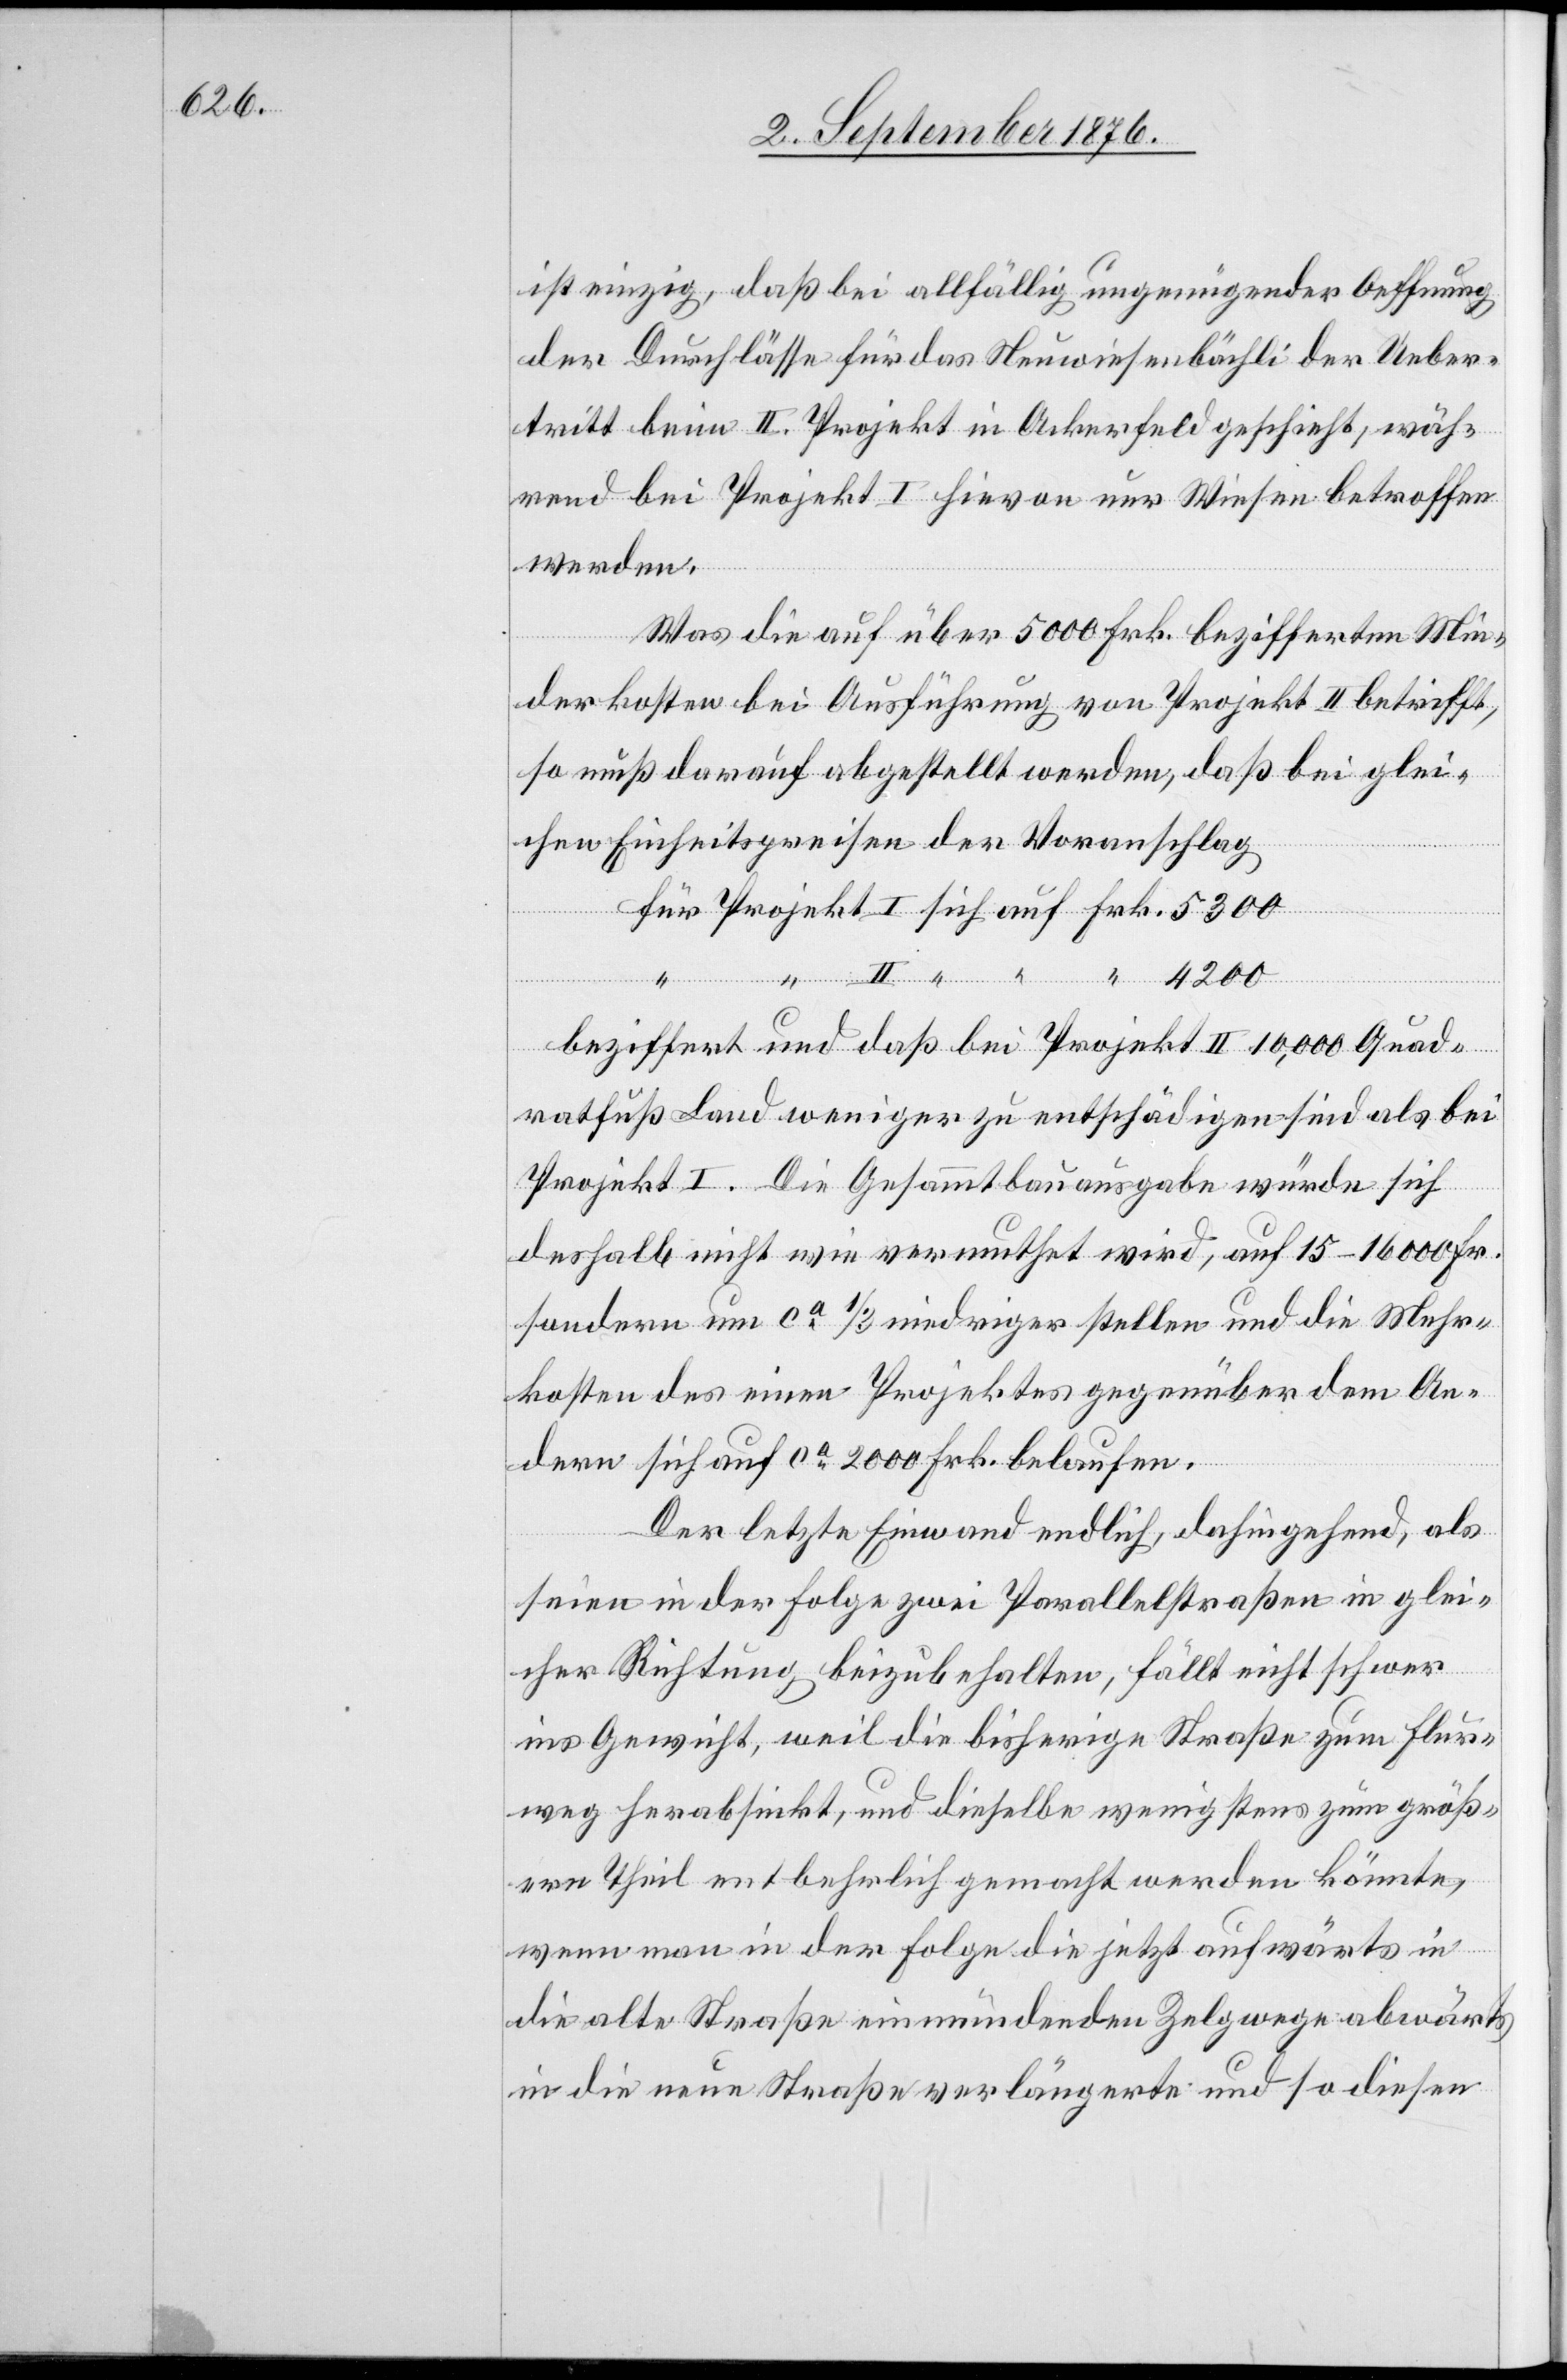
ist einzig, daß bei allfällig ungenügender Oeffnung
der Durchlässe für das Neuwiesenbächli der Ueber¬
tritt beim II. Projekt in Ackerfeld geschieht, wäh¬
rend bei Projekt I hievon nur Wiesen betroffen
werden.
Was die auf über 5000 Frk. bezifferten Min¬
derkosten bei Ausführung von Projekt II betrifft,
so muß darauf abgestellt werden, daß bei glei¬
chen Einheitspreisen der Voranschlag
“
beziffert und daß bei Projekt II 10,000 Quad¬
ratfuß Land weniger zu entschädigen sind als bei
Projekt I. Die Gesammtbauausgabe würde sich
deshalb nicht wie vermuthet wird, auf 15–16000 Fr.
sondern um ca 1/3 niedriger stellen und die Mehr¬
kosten des einen Projektes gegenüber dem An¬
dern sich auf ca 2000 Frk. belaufen.
Der letzte Einwand endlich, dahingehend, als
seien in der Folge zwei Parallelstraßen in glei¬
Frk.
cher Richtung beizubehalten, fällt nicht schwer
ins Gewicht, weil die bisherige Straße zum Flur¬
weg herabsinkt, und dieselbe wenigstens zum größ¬
ern Theil entbehrlich gemacht werden könnte,
wenn man in der Folge die jetzt aufwärts in
die alte Straße einmündenden Zelgwege abwärts
in die neue Straße verlängerte und so diesen